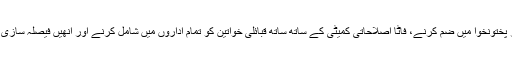
تنظیم نے حکومت سے فاٹا کو فوری طور پر خیبر پختونخوا میں ضم کرنے، فاٹا اصلاحاتی کمیٹی کے ساتھ ساتھ قبائلی خواتین کو تمام اداروں میں شامل کرنے اور انھیں فیصلہ سازی میں مساوی نمائندگی دینے کا بھی مطالبہ کیا ہے۔